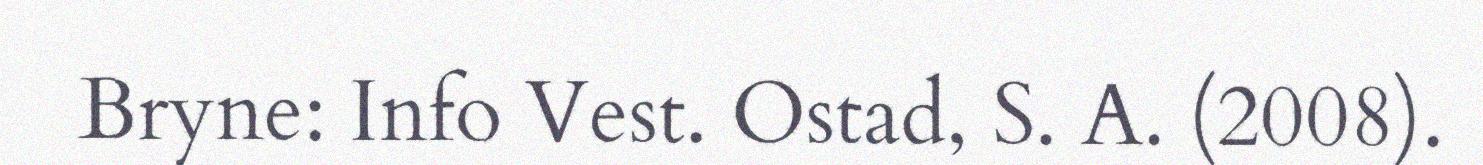
Bryne: Info Vest. Ostad, S. A. (2008).